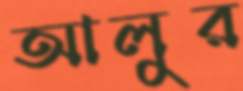
আলুর